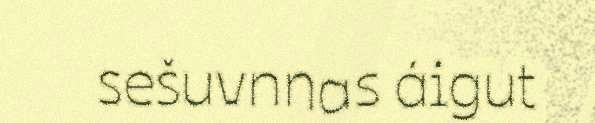
sešuvnnas áigut